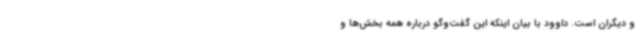
و دیگران است. داوود با بیان اینکه این گفت‌وگو درباره همه بخش‌ها و